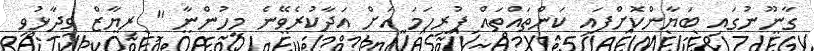
ގާނޫނުގައި ބަޔާންކޮށްފައި ކަންތައްތައް ފުރިހަމަ އަށް އަދާކުރެވޭނެ މީހުންނާ " ރިޔާޒް ވިދާޅުވި